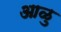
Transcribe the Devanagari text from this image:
आळु